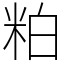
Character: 粕